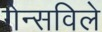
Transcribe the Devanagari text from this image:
गेन्सविले